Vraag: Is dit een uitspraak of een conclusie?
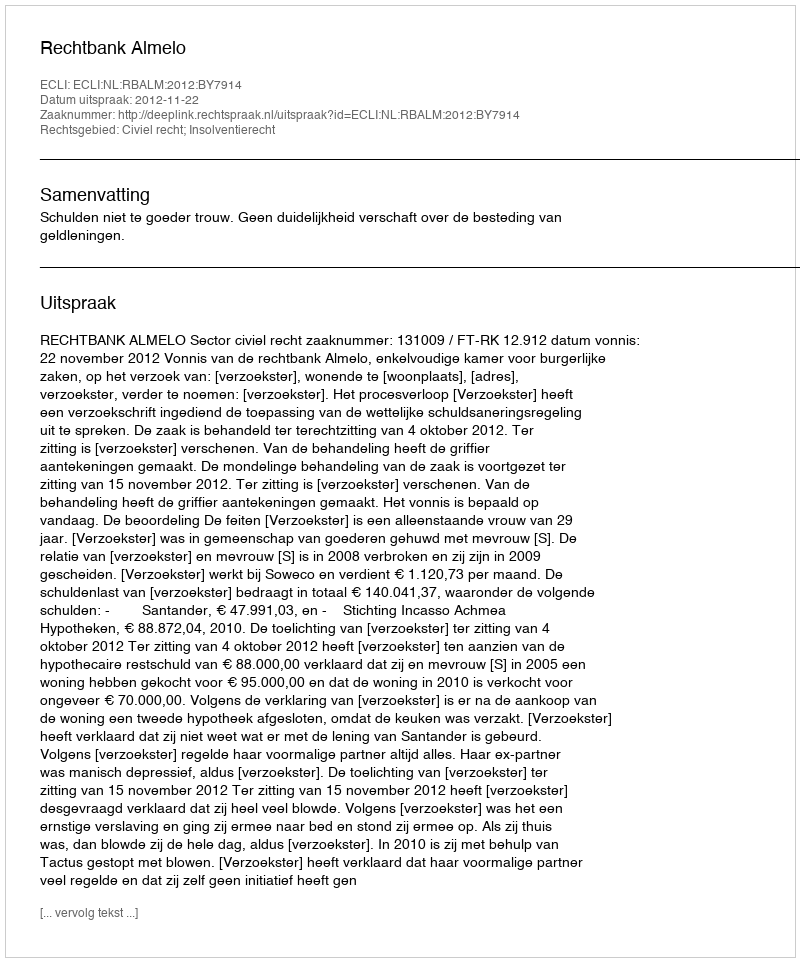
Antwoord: Uitspraak